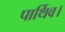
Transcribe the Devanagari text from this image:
पार्थिव।